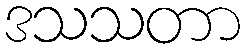
ဒသသတာ